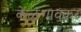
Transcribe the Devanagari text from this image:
केळगावकर